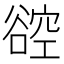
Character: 谾